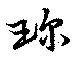
珎